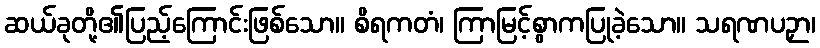
ဆယ်ခုတို့၏ပြည့်ကြောင်းဖြစ်သော။ စိရကတံ၊ ကြာမြင့်စွာကပြုခဲ့သော။ သရဏပဉှာ၊